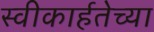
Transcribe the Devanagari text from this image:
स्वीकार्हतेच्या